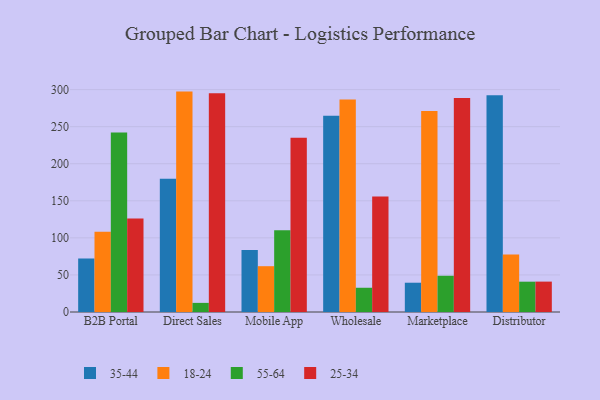
{"axis": {"x": "Channel", "y": "Shipments"}, "legend": ["18-24", "25-34", "35-44", "55-64"], "data": [{"x": "B2B Portal", "y": 72.3, "type": "35-44"}, {"x": "B2B Portal", "y": 108.3, "type": "18-24"}, {"x": "B2B Portal", "y": 242.1, "type": "55-64"}, {"x": "B2B Portal", "y": 126.1, "type": "25-34"}, {"x": "Direct Sales", "y": 179.9, "type": "35-44"}, {"x": "Direct Sales", "y": 297.3, "type": "18-24"}, {"x": "Direct Sales", "y": 12.3, "type": "55-64"}, {"x": "Direct Sales", "y": 295.2, "type": "25-34"}, {"x": "Mobile App", "y": 83.8, "type": "35-44"}, {"x": "Mobile App", "y": 61.8, "type": "18-24"}, {"x": "Mobile App", "y": 110.3, "type": "55-64"}, {"x": "Mobile App", "y": 234.9, "type": "25-34"}, {"x": "Wholesale", "y": 264.8, "type": "35-44"}, {"x": "Wholesale", "y": 286.5, "type": "18-24"}, {"x": "Wholesale", "y": 32.7, "type": "55-64"}, {"x": "Wholesale", "y": 155.9, "type": "25-34"}, {"x": "Marketplace", "y": 39.5, "type": "35-44"}, {"x": "Marketplace", "y": 271.2, "type": "18-24"}, {"x": "Marketplace", "y": 48.9, "type": "55-64"}, {"x": "Marketplace", "y": 288.8, "type": "25-34"}, {"x": "Distributor", "y": 292.3, "type": "35-44"}, {"x": "Distributor", "y": 77.4, "type": "18-24"}, {"x": "Distributor", "y": 40.9, "type": "55-64"}, {"x": "Distributor", "y": 41.0, "type": "25-34"}]}